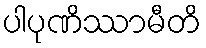
ပါပုဏိဿာမီတိ